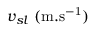
v _ { s l } ~ ( \mathrm { m . s ^ { - 1 } } )